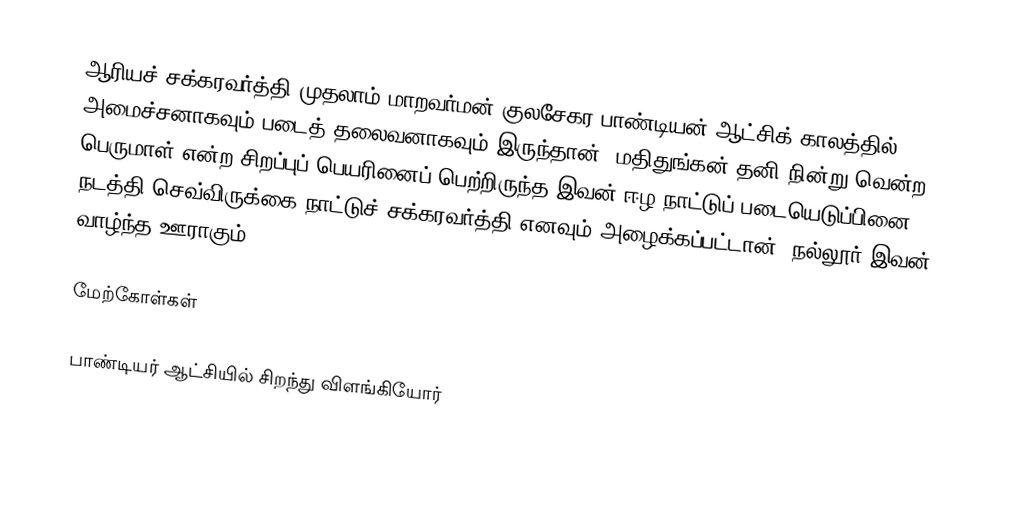
ஆரியச் சக்கரவர்த்தி முதலாம் மாறவர்மன் குலசேகர பாண்டியன் ஆட்சிக் காலத்தில் அமைச்சனாகவும் படைத் தலைவனாகவும் இருந்தான். மதிதுங்கன் தனி நின்று வென்ற பெருமாள் என்ற சிறப்புப் பெயரினைப் பெற்றிருந்த இவன் ஈழ நாட்டுப் படையெடுப்பினை நடத்தி செவ்விருக்கை நாட்டுச் சக்கரவர்த்தி எனவும் அழைக்கப்பட்டான். நல்லூர் இவன் வாழ்ந்த ஊராகும்.

மேற்கோள்கள்

பாண்டியர் ஆட்சியில் சிறந்து விளங்கியோர்